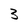
Character: 3